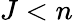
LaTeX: J<n